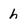
Character: h